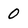
Character: 0